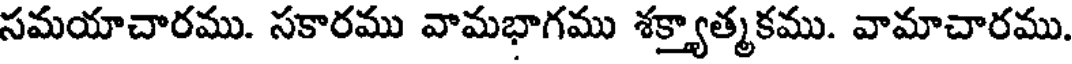
సమయాచారము. సకారము వామభాగము శక్త్యాత్మకము. వామాచారము.